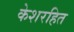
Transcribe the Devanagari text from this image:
केशरहित